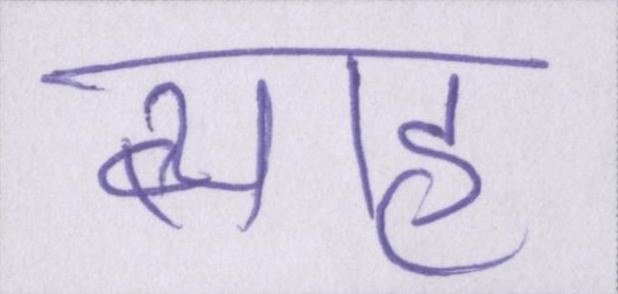
ब्याह